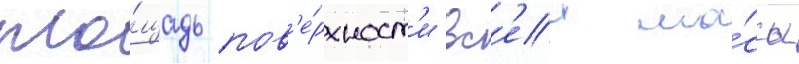
пло́щадь пов'е́рхност'и вс'еи ма́ссы